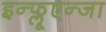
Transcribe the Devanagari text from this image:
इन्फ्लूएन्जा